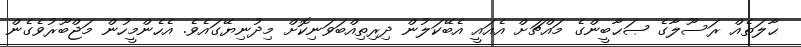
ޙާލަތެއް ރަސޫލާގެ ޞަޙާބީންގެ މައްޗަށް އެއައީ އެބޭކަލުން ދިރިތިއްބަވަނިކޮށް މިދުނިޔޭގައެވެ. އެހެންމީހުން މަޖްބޫރުވެގެން